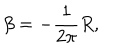
\beta = - \frac { 1 } { 2 \pi } R ,